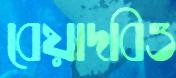
বেয়াদবিও